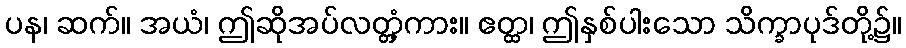
ပန၊ ဆက်။ အယံ၊ ဤဆိုအပ်လတ္တံ့ကား။ ဧတ္ထ၊ ဤနှစ်ပါးသော သိက္ခာပုဒ်တို့၌။